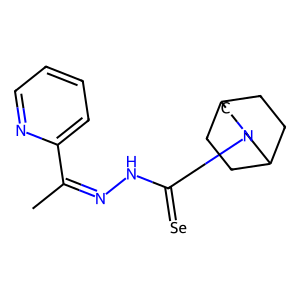
SMILES: CC(=NNC(=[Se])N1CC2CCC(CC2)C1)c1ccccn1
Inhibits HIV replication: No